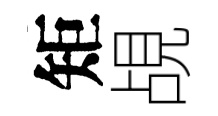
矩覘